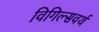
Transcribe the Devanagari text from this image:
विगिल्सवर्थ